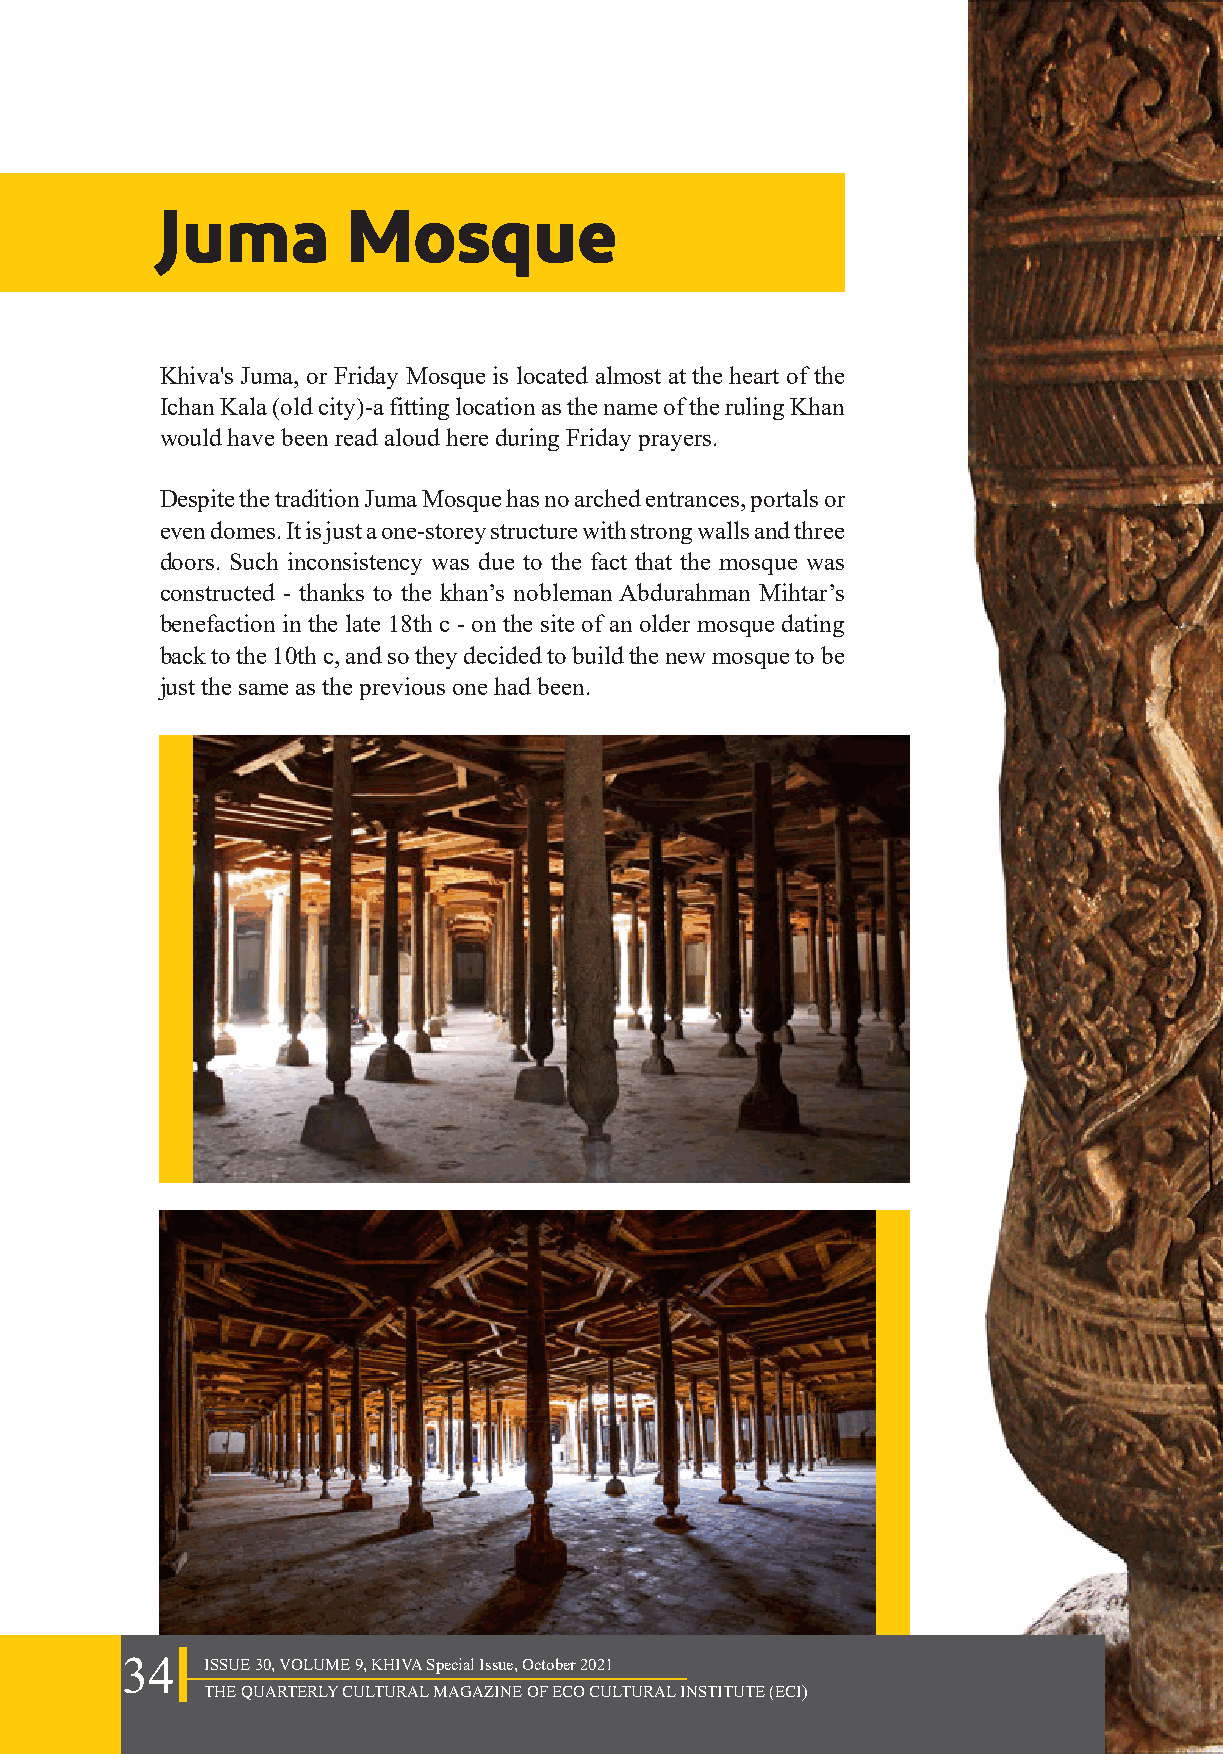
Juma        Mosque
 Khiva's Juma, or Friday Mosque is located almost at the heart of the
 Ichan Kala (old city)-a fitting location as the name of the ruling Khan
 would have been read aloud here during Friday prayers.
 Despite the tradition Juma Mosque has no arched entrances, portals or
 even domes. It is just a one-storey structure with strong walls and three
 doors. Such inconsistency was due to the fact that the mosque was
 constructed - thanks to the khan’s nobleman Abdurahman Mihtar’s
 benefaction in the late 18th с - on the site of an older mosque dating
 back to the 10th c, and so they decided to build the new mosque to be
 just the same as the previous one had been.
 34    ISSUE 30, VOLUME 9, KHIVA Special Issue, October 2021
 THE QUARTERLY CULTURAL MAGAZINE OF ECO CULTURAL INSTITUTE (ECI)